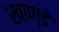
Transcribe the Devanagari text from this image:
खाण्डे